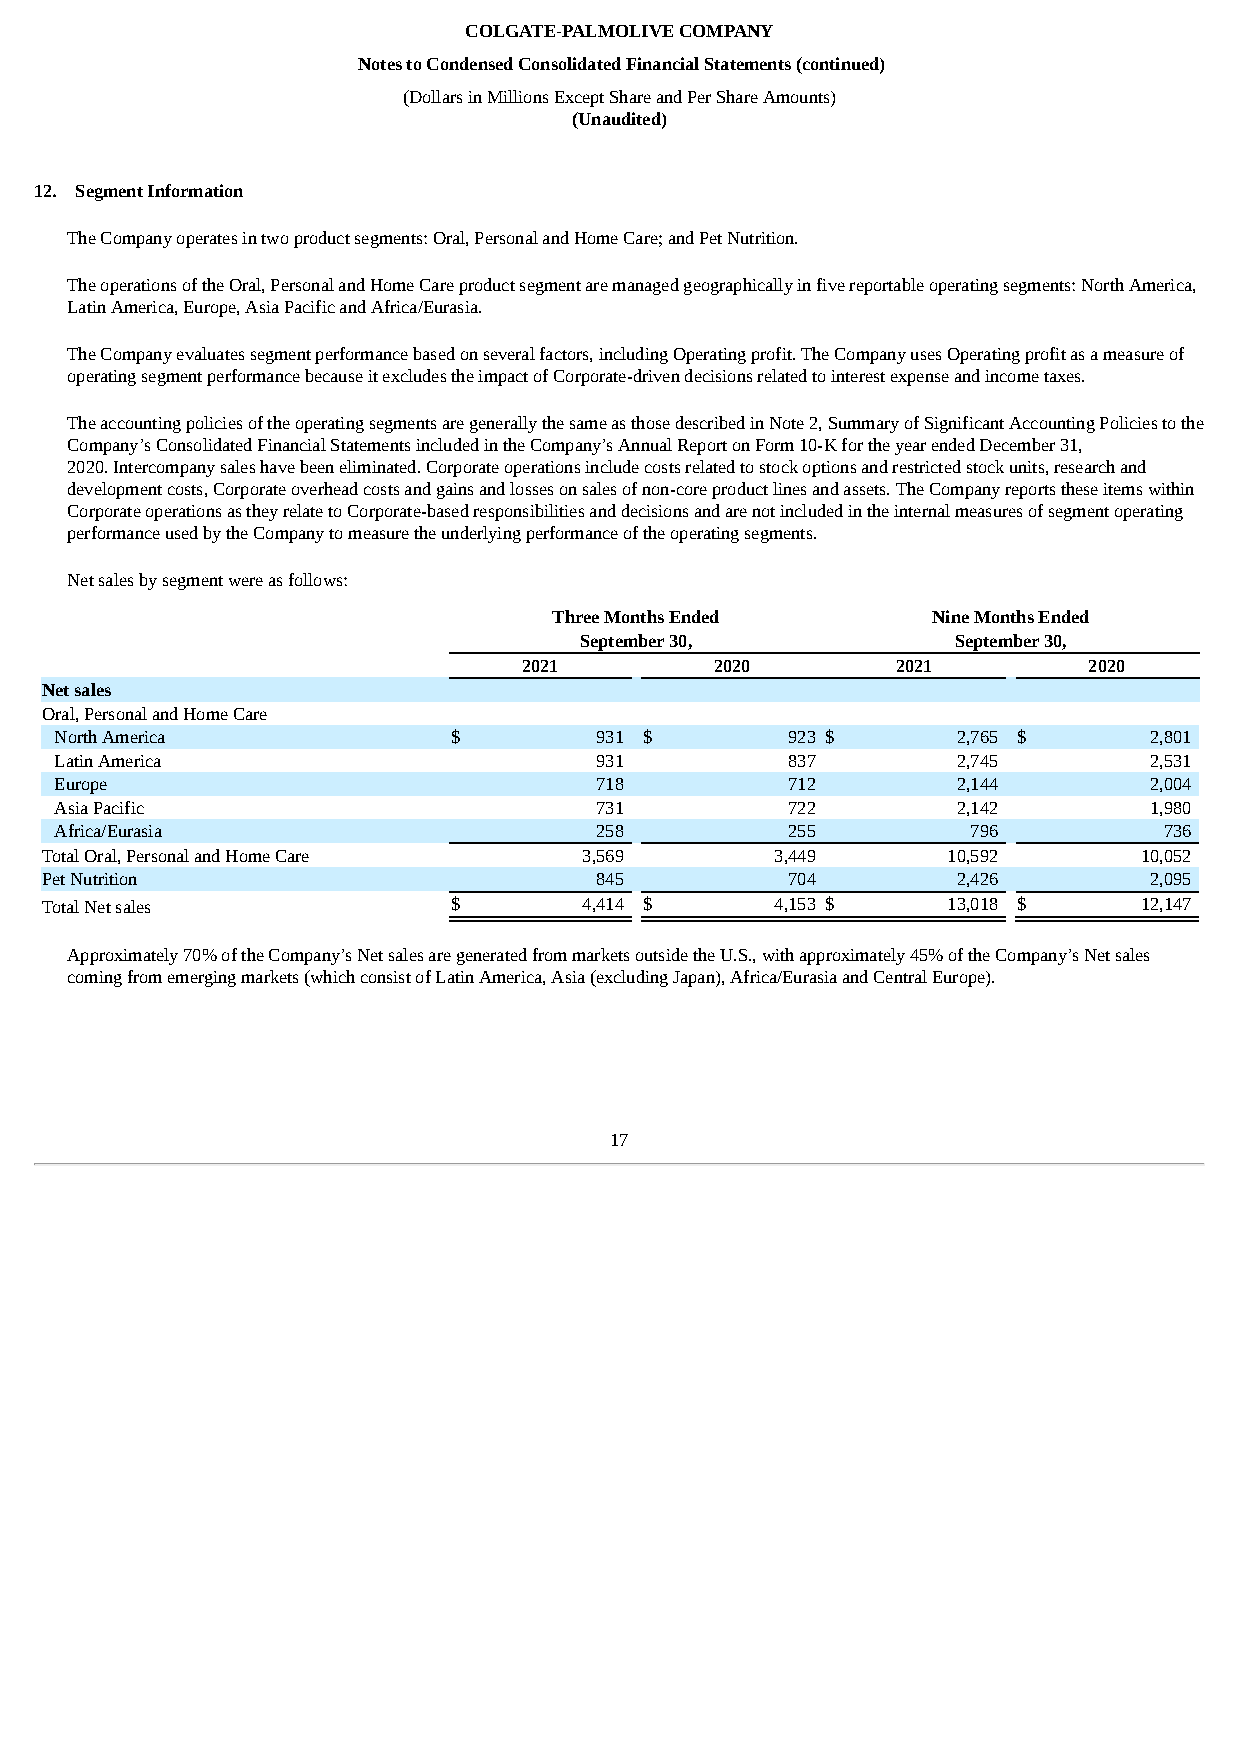
COLGATE-PALMOLIVE COMPANY
 Notes to Condensed Consolidated Financial Statements (continued)
 (Dollars in Millions Except Share and Per Share Amounts)
 (Unaudited)
 12. Segment Information
 The Company operates in two product segments: Oral, Personal and Home Care; and Pet Nutrition.
 The operations of the Oral, Personal and Home Care product segment are managed geographically in five reportable operating segments: North America,
 Latin America, Europe, Asia Pacific and Africa/Eurasia.
 The Company evaluates segment performance based on several factors, including Operating profit. The Company uses Operating profit as a measure of
 operating segment performance because it excludes the impact of Corporate-driven decisions related to interest expense and income taxes.
 The accounting policies of the operating segments are generally the same as those described in Note 2, Summary of Significant Accounting Policies to the
 Company’s Consolidated Financial Statements included in the Company’s Annual Report on Form 10-K for the year ended December 31,
 2020. Intercompany sales have been eliminated. Corporate operations include costs related to stock options and restricted stock units, research and
 development costs, Corporate overhead costs and gains and losses on sales of non-core product lines and assets. The Company reports these items within
 Corporate operations as they relate to Corporate-based responsibilities and decisions and are not included in the internal measures of segment operating
 performance used by the Company to measure the underlying performance of the operating segments.
 Net sales by segment were as follows:
 Three Months Ended       Nine Months Ended
 September 30,            September 30,
 2021        2020        2021         2020
 Net sales
 Oral, Personal and Home Care
 North America             $        931 $        923 $      2,765 $      2,801
 Latin America                      931          837        2,745        2,531
 Europe                             718          712        2,144        2,004
 Asia Pacific                       731          722        2,142        1,980
 Africa/Eurasia                     258          255         796          736
 Total Oral, Personal and Home Care  3,569       3,449       10,592      10,052
 Pet Nutrition                       845          704        2,426        2,095
 Total Net sales            $        4,414 $     4,153 $     13,018 $    12,147
 Approximately 70% of the Company’s Net sales are generated from markets outside the U.S., with approximately 45% of the Company’s Net sales
 coming from emerging markets (which consist of Latin America, Asia (excluding Japan), Africa/Eurasia and Central Europe).
 17